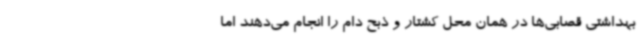
بهداشتی قصابی‌ها در همان محل کشتار و ذبح دام را انجام می‌دهند اما